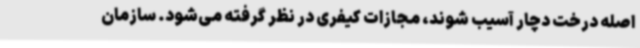
اصله درخت دچار آسیب شوند، مجازات کیفری در نظر گرفته می‌شود. سازمان